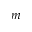
m